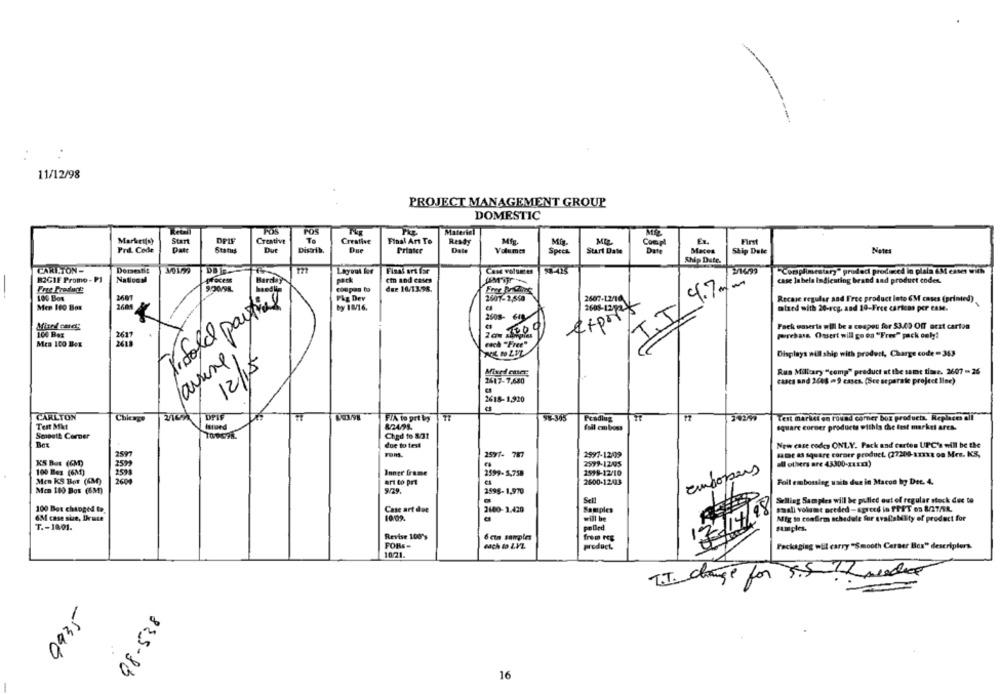
11/12/98
PROJECT MANAGEMENT GROUP
DOMESTIC
PO
Material
Marketla)
Start
Creative
Te
Creative
Final Art Te
Resty
Mi
First
Pril. Code
Date
Statis
Due
Distrib.
Printer
Date
Volumes
Start Date
Coor
Maces
Stip Date
Netes
Speca
Ship Dute.
CARLTON-
Derestie
Layout loc
Final art lar
"Complimentary" prodec produced in plain &M esse with
BOGIE Promo - PJ
National
cin and cases
Barday
pack
14.7/~
case Inbela indicating brand and product codes.
coupes to
due 16/13.98.
100 Bos
2601
P&g Dev
2607-2,560
2607-12/14
Recase regular and Free product loto 6M cases (printed)
by 18/16.
Men 100 Box
1608-12m2
I.V
mixed with 20-reg. and 19-Free caricas per came.
2508- 64
expor
trifold pay
Fack unseria will be a ceapeu for 53.00 Off arzt cartes
100 Bez
prehas Ousert will go on "Fres" pack cely!
Mea 100 BeE
cach "Free"
Displays will ship with product, Charge code - 353
farine
12/15
Mixed caer
Rus Millcary "comp" product at the same time. 2607 -26
2617-7,680
cases and 2008 -9 cases. (See separate project line)
2618-1,920
CARLTON
Chicago
98-365
Test market en round corner boz products. Replaces all
Drig
F/A to pri by
Prodlug
Test Mkt
full emboss
square corner products withis the test market ares.
Smooth Corner
Ched to 8/31
due to test
New case codes ONLY. Pack and cartes UPC's will be the
2597
2591- 787
1597-12499
se a square corner product. (77209-1311 on Mes. KS,
KS Box (GM)
2599-1205
all others are 43300-zuzm)
100 Bes (6M)
Inner frame
2599-5,758
1598-12/10
europeus
Men KS Bor (KM)
2600
art co pri
2600-1243
Foil embossing units due in Macos ly Dec. 4.
Men 100 Bos (6M)
2595-1,970
Sell
Selling Samples will be pulled out of regular stock due to
Small volume preded -agreed io PFFT os 8/27/18.
100 Box chipped to.
Case art dee
2140-3.420
Samples
17/14/98
6M case siue, Druse
10/09.
will be
Mig to confirm schedule for availability of product for
T .- 1801.
polled
suinples.
6 cim samples
Revise 100's
FORs-
each to LVL
product.
Packaging will carry "Smooth Cerser Box" descriptors
T.T. change for R.5 predict
9935
98-538
16